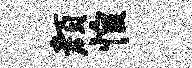
颜惶